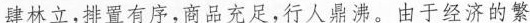
肆林立，排置有序，商品充足，行人鼎沸。由于经济的繁